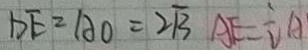
D E = A O = 2 \sqrt { 3 } A E = \frac { 1 } { 2 } A